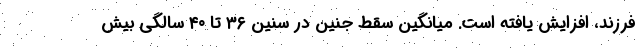
فرزند، افزایش یافته است. میانگین سقط جنین در سنین ۳۶ تا ۴۰ سالگی بیش